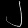
Digit: ၂